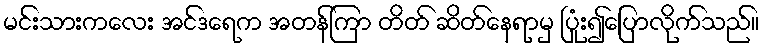
မင်းသားကလေး အင်ဒရေက အတန်ကြာ တိတ် ဆိတ်နေရာမှ ပြုံး၍ပြောလိုက်သည်။